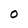
Character: 0